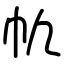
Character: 㠶